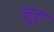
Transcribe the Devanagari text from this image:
जुड़़ा